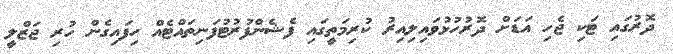
ދޮރުގައި ޓަކި ޖެހި އަޑަށް ދޮރުހުޅުވައިލިއިރު ކުރިމަތީގައި ފެޝެންފުރުޓުފަނިތައްޓެއް ހިފައިގެން ހުރި ޖަޒްލީ